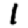
Digit: 1